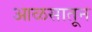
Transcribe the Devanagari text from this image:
आळसातून